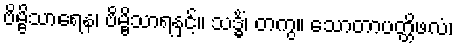
ဗိမ္ဗိသာရေန၊ ဗိမ္ဗိသာရနှင့်။ သဒ္ဓိံ၊ တကွ။ သောတာပတ္တိဖလံ၊